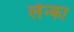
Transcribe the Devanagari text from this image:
लेन्का